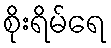
စိုးရိမ်ရေ